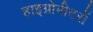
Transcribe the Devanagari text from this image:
हाइग्रोमीटरों